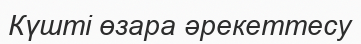
Күшті өзара әрекеттесу